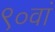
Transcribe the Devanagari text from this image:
९०वां